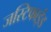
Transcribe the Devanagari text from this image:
जस्टिफाईड